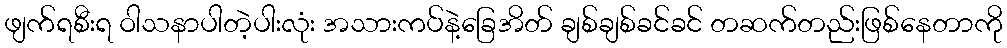
ဖျက်ရစီးရ ဝါသနာပါတဲ့ပါးလုံး အသားကပ်နဲ့ခြေအိတ် ချစ်ချစ်ခင်ခင် တဆက်တည်းဖြစ်နေတာကို